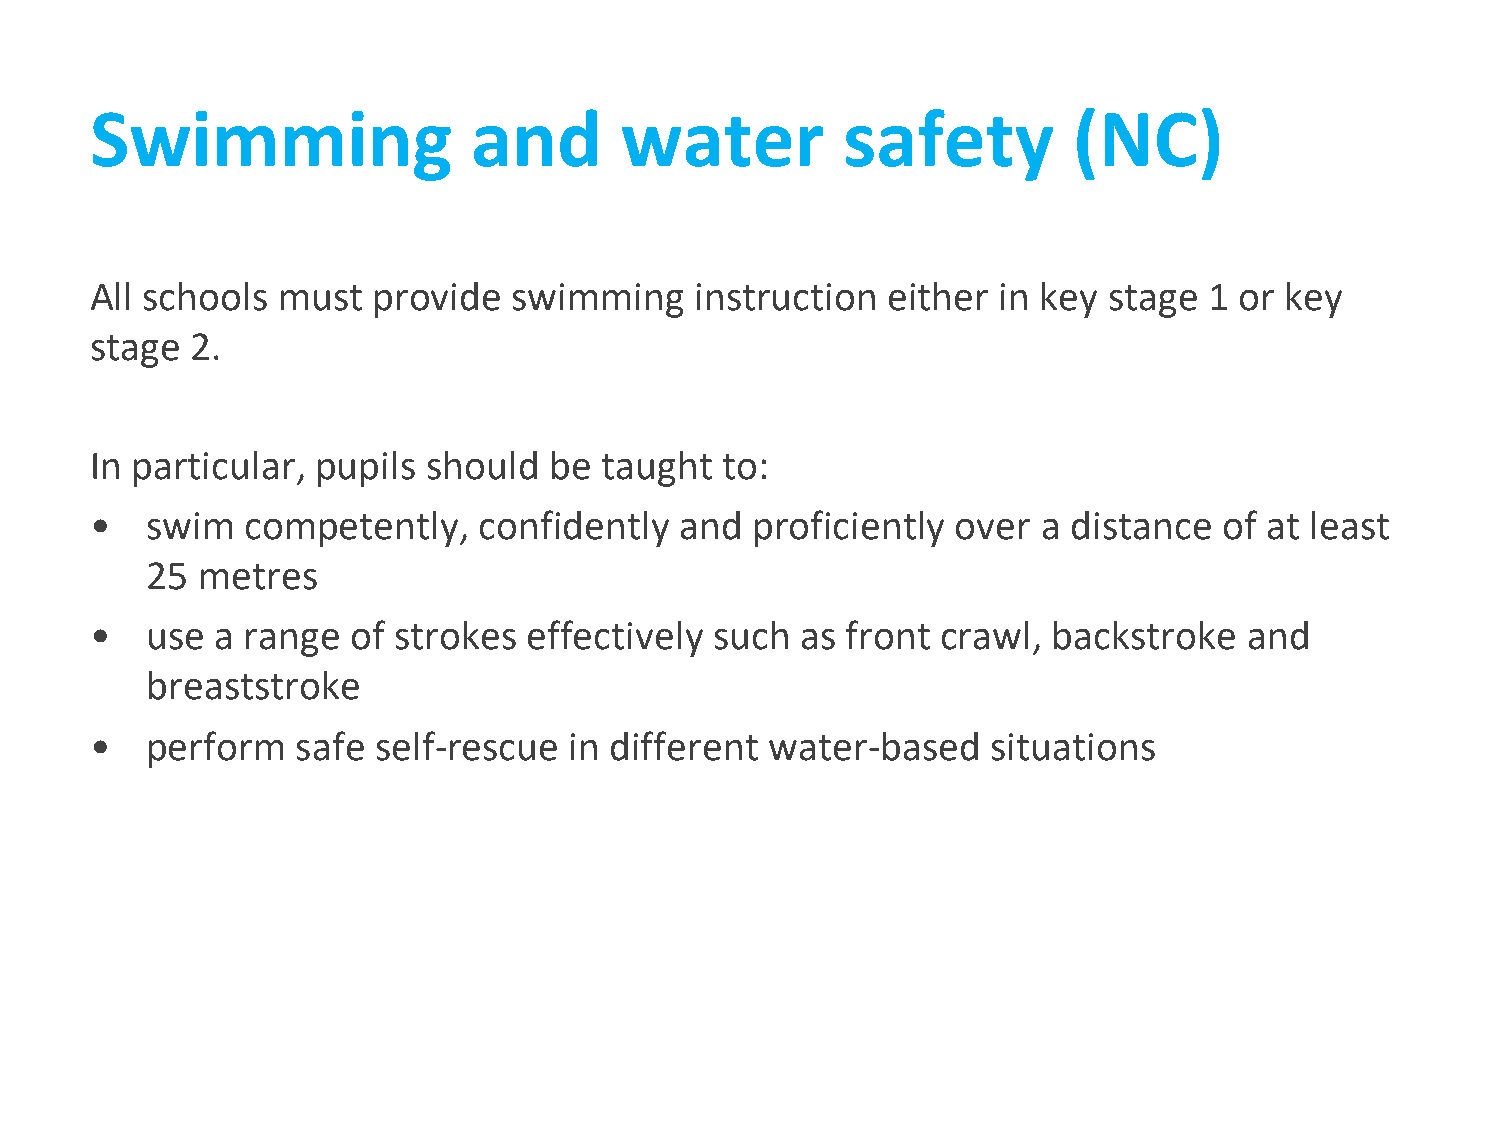
Swimming                 and       water          safety         (NC)
 All schools must   provide  swimming    instruction  either in key stage  1 or key
 stage  2.
 In particular, pupils should  be  taught  to:
 •   swim  competently,    confidently  and  proficiently over  a distance  of at least
 25 metres
 •   use a range  of strokes  effectively such  as front crawl,  backstroke   and
 breaststroke
 •   perform   safe self-rescue  in different water-based    situations